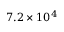
7 . 2 \times 1 0 ^ { 4 }